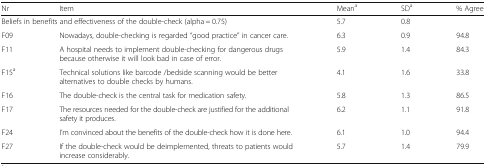
| Nr | Item | Meana | SDa | % Agree |
 | --- | --- | --- | --- | --- |
 | <COLSPAN=2> Beliefs in benefits and effectiveness of the double-check (alpha = 0.75) | 5.7 | 0.8 |  |
 | F09 | Nowadays, double-checking is regarded “good practice” in cancer care. | 6.3 | 0.9 | 94.8 |
 | F11 | A hospital needs to implement double-checking for dangerous drugs because otherwise it will look bad in case of error. | 5.9 | 1.4 | 84.3 |
 | F15a | Technical solutions like barcode /bedside scanning would be better alternatives to double checks by humans. | 4.1 | 1.6 | 33.8 |
 | F16 | The double-check is the central task for medication safety. | 5.8 | 1.3 | 86.5 |
 | F17 | The resources needed for the double-check are justified for the additional safety it produces. | 6.2 | 1.1 | 91.8 |
 | F24 | I’m convinced about the benefits of the double-check how it is done here. | 6.1 | 1.0 | 94.4 |
 | F27 | If the double-check would be deimplemented, threats to patients would increase considerably. | 5.7 | 1.4 | 79.9 |